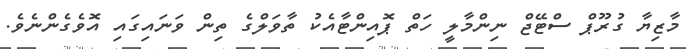
މާޒިޔާ ގުރޫޕް ސްޓޭޖް ނިންމާލީ ހަތް ޕޮއިންޓާއެކު ތާވަލްގެ ތިން ވަނައިގައި އޮވެގެންނެވެ.